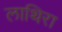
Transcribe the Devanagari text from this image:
लाथिरा